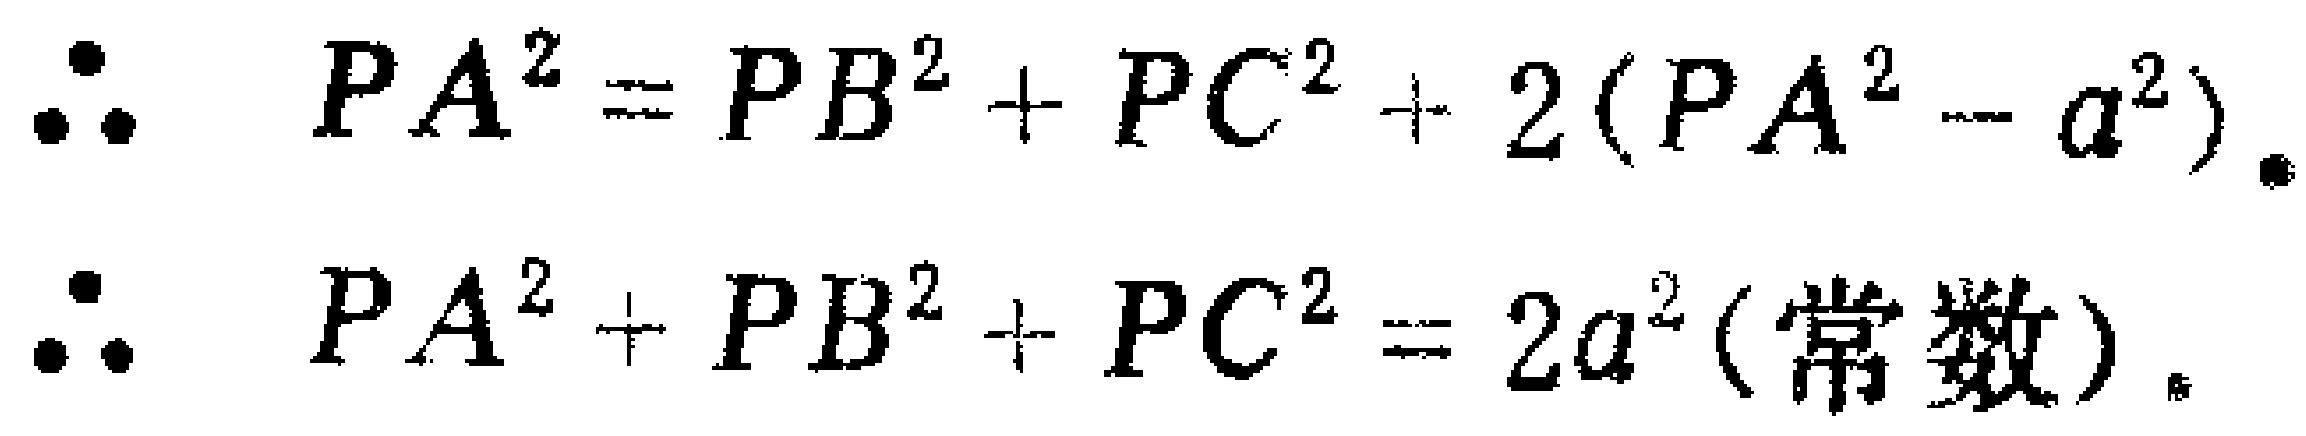
\[\begin{align*}
\therefore\quad PA^{2}&=PB^{2}+PC^{2}+2(PA^{2}-a^{2}).\\
\therefore\quad PA^{2}+PB^{2}+PC^{2}&=2a^{2}\text{(常数)}.
\end{align*}\]